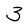
Character: 3